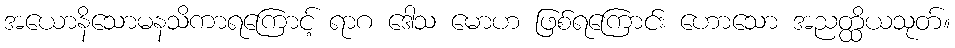
အယောနိသောမနသိကာရကြောင့် ရာဂ ဒေါသ မောဟ ဖြစ်ရကြောင်း ဟောသော အညတ္ထိယသုတ်။